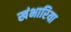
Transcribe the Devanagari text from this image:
खंभारिया